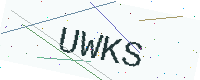
Text: UWKS